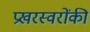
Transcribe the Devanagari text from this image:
प्रखरस्वरोंकी